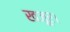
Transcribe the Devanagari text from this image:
खजूर।